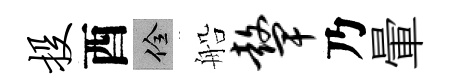
投酉佺船鼙乃暈